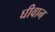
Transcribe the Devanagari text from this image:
घीवान